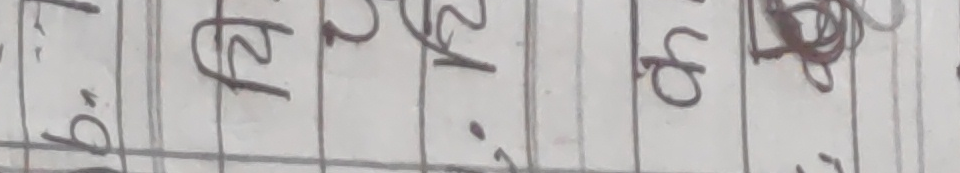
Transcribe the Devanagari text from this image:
७ १२ १२ ९